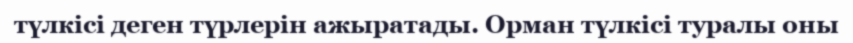
түлкісі деген түрлерін ажыратады. Орман түлкісі туралы оны